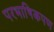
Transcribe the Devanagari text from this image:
परभाषिकपण